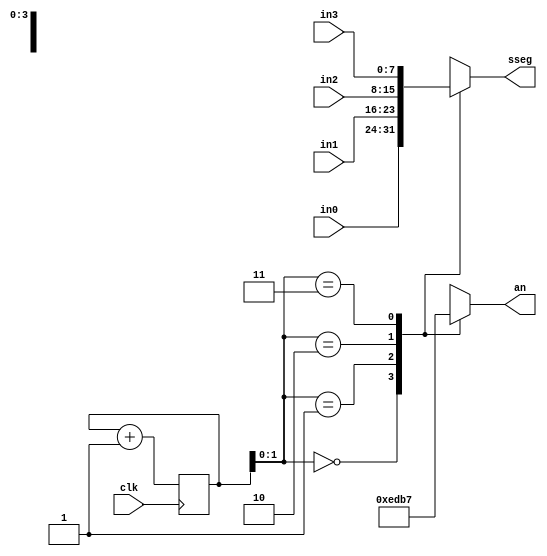
`timescale 1ns / 1ps
module disp_mux_bh(
input clk ,
input wire [7:0] in0 ,
input wire [7:0] in1 ,
input wire [7:0] in2 ,
input wire [7:0] in3 ,
output reg [3:0] an ,
output reg [7:0] sseg
 );
reg [16:0] r_qreg ;
reg [16:0] c_next ;
// Mux **************************************
always @(*) begin
case (r_qreg[1:0])
2'b00 : sseg = in0 ;
2'b01 : sseg = in1 ;
2'b10 : sseg = in2 ;
2'b11 : sseg = in3 ;
endcase
end
// Decoder ***********************************
always @(*) begin
case (r_qreg[1:0])
2'b00 : an = ~(4'b0001) ;
2'b01 : an = ~(4'b0010) ;
2'b10 : an = ~(4'b0100) ;
2'b11 : an = ~(4'b1000) ;
endcase
end
// Counter ***********************************
always @(*) begin
c_next = r_qreg + 'd1;
end
// Register
always @(posedge clk) begin
 r_qreg <= c_next ;
end
endmodule